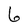
Character: 6